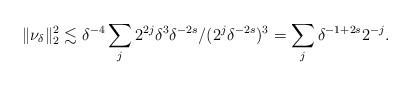
LaTeX: \begin{align*}\|\nu_\delta\|_2^2\lesssim \delta^{-4}\sum_{j}2^{2j} \delta^3 \delta^{-2s}/(2^j \delta^{-2s})^3= \sum_j \delta^{-1+2s} 2^{-j}.\end{align*}